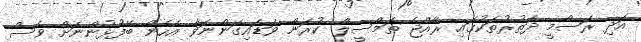
އަދި ރަސްމީ ދަތުރުތަކުގައި ރާއްޖެ ތަމްސީލް ކުރަން ވަޑައިގަންނަވާ އެހެން ބޭފުޅުންނަށް ވެސް